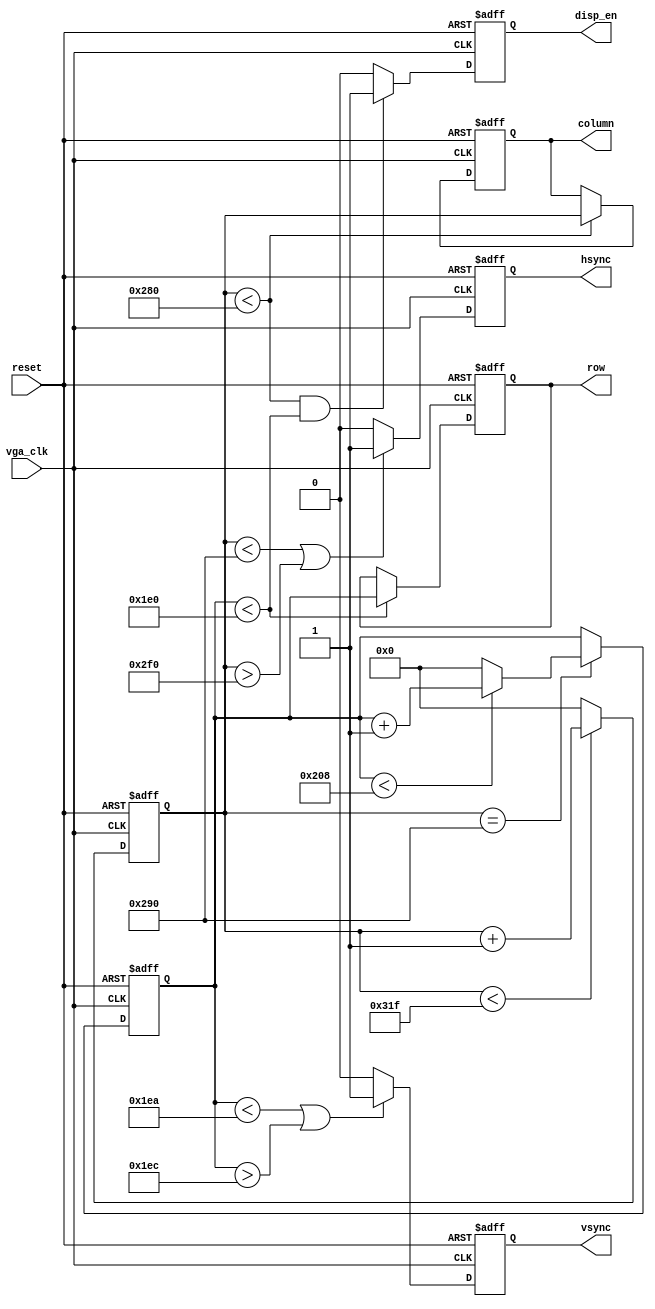
//----------------------------------------------------------------------------------
//-- Vertical and Horizontal Sync generator for vga output
//----------------------------------------------------------------------------------

module sync_generator(
input wire vga_clk,
input wire reset,
output reg disp_en,
output reg hsync,
output reg vsync,
output reg [31:0] column,
output reg [31:0] row
);

  localparam h_total = 800;  //total number of pixels
  localparam h_disp = 640;  //displayed interval
  localparam h_pw = 96;  //pulse width
  localparam h_fp = 16;  //fronth porch
  localparam h_bp = 48;  //back porch
  localparam v_total = 521;
  localparam v_disp = 480;
  localparam v_pw = 2;
  localparam v_fp = 10;
  localparam v_bp = 29;

  reg [31:0] h_count;
  reg [31:0] v_count;

  always @(posedge vga_clk or posedge reset) begin
    if(reset) begin
      h_count <= h_disp + h_fp;
      v_count <= v_disp + v_fp;
      hsync <= 1'b0;
      vsync <= 1'b0;
      column <=   h_disp + h_fp;
      row <= v_disp + v_fp;
      disp_en <=  1'b0;
    end else begin
      if(h_count < (h_total - 1)) begin
        h_count <= h_count + 1;
      end else begin
        h_count <= 0;
      end
      if(h_count == (h_disp + h_fp)) begin
        if((v_count < (v_total - 1))) begin
          v_count <= v_count + 1;
        end else begin
          v_count <= 0;
        end
      end
      if(h_count < (h_disp + h_fp) || h_count > (h_total - h_bp)) begin
        hsync <= 1'b1;
      end else begin
        hsync <= 1'b0;
      end
      if(v_count < (v_disp + v_fp) || v_count > (v_total - v_bp)) begin
        vsync <= 1'b1;
      end else begin
        vsync <= 1'b0;
      end
      //pixel coords
      if(h_count < h_disp) begin
        column <= h_count;
      end else begin
        column <= column;
      end
      if(v_count < v_disp) begin
        row <= v_count;
      end else begin
        row <= row;
      end
      if(h_count < h_disp && v_count < v_disp) begin
        disp_en <= 1'b1;
      end else begin
        disp_en <= 1'b0;
      end
    end
  end


endmodule